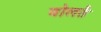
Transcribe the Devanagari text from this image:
बोलतै